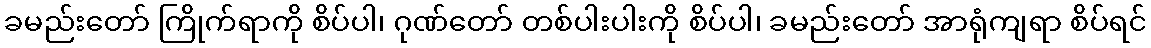
ခမည်းတော် ကြိုက်ရာကို စိပ်ပါ၊ ဂုဏ်တော် တစ်ပါးပါးကို စိပ်ပါ၊ ခမည်းတော် အာရုံကျရာ စိပ်ရင်